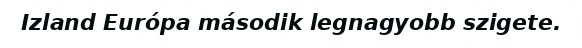
Izland Európa második legnagyobb szigete.